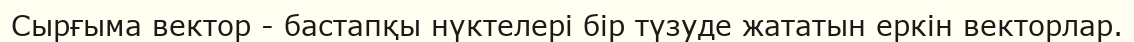
Сырғыма вектор - бастапқы нүктелері бір түзуде жататын еркін векторлар.